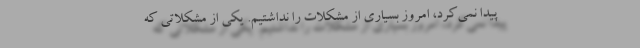
پیدا نمی‌کرد، امروز بسیاری از مشکلات را نداشتیم. یکی از مشکلاتی که